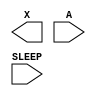
module sky130_fd_sc_hd__lpflow_inputiso1p (
    X    ,
    A    ,
    SLEEP
);

    output X    ;
    input  A    ;
    input  SLEEP;

    // Voltage supply signals
    supply1 VPWR;
    supply0 VGND;
    supply1 VPB ;
    supply0 VNB ;

endmodule